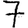
Digit: 7